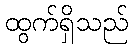
ထွက်ရှိသည်